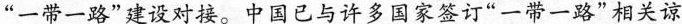
“一带一路”建设对接。中国已与许多国家签订”一带一路”相关谅